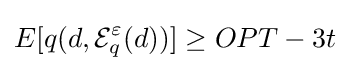
E[q(d,{\mathcal {E}}_{q}^{\varepsilon }(d))]\geq OPT-3t\,\!